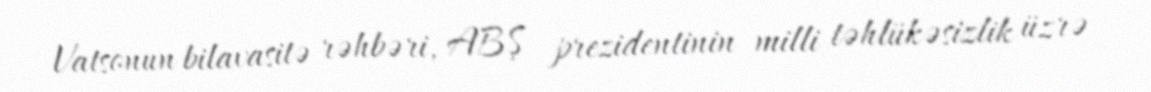
Vatsonun bilavasitə rəhbəri, ABŞ prezidentinin milli təhlükəsizlik üzrə